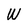
Character: W